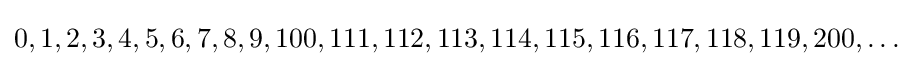
0,1,2,3,4,5,6,7,8,9,100,111,112,113,114,115,116,117,118,119,200,\ldots